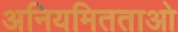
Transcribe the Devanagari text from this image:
अनियमितताओ